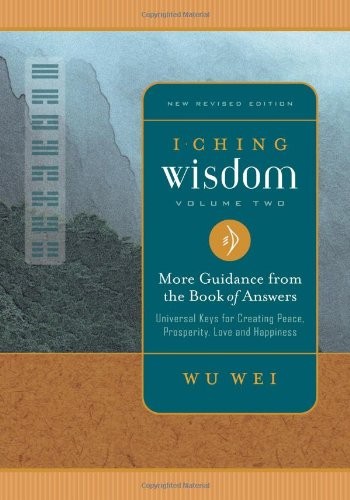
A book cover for I Ching Wisdom: More Guidance from the Book of Answers, Volume Two; Wu Wei; Religion & Spirituality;